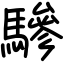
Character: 驂